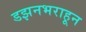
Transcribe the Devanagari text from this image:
डझनभराहून